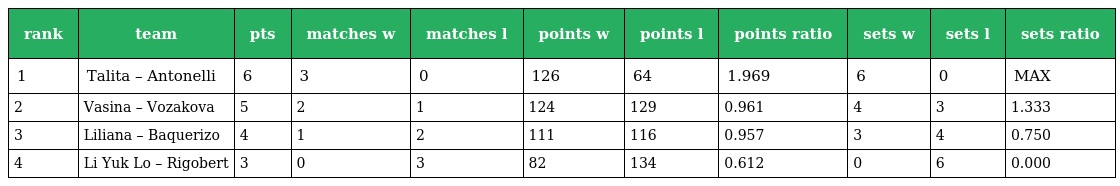
| rank | team | pts | matches w | matches l | points w | points l | points ratio | sets w | sets l | sets ratio |
 | --- | --- | --- | --- | --- | --- | --- | --- | --- | --- | --- |
 | 1 | Talita – Antonelli | 6 | 3 | 0 | 126 | 64 | 1.969 | 6 | 0 | MAX |
 | 2 | Vasina – Vozakova | 5 | 2 | 1 | 124 | 129 | 0.961 | 4 | 3 | 1.333 |
 | 3 | Liliana – Baquerizo | 4 | 1 | 2 | 111 | 116 | 0.957 | 3 | 4 | 0.750 |
 | 4 | Li Yuk Lo – Rigobert | 3 | 0 | 3 | 82 | 134 | 0.612 | 0 | 6 | 0.000 |